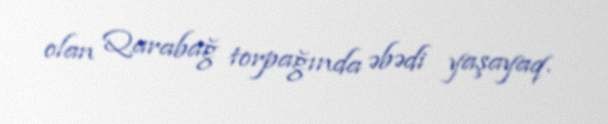
olan Qarabağ torpağında əbədi yaşayaq.